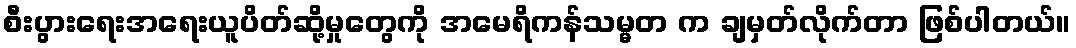
စီးပွားရေးအရေးယူပိတ်ဆို့မှုတွေကို အမေရိကန်သမ္မတ က ချမှတ်လိုက်တာ ဖြစ်ပါတယ်။